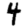
Digit: 4